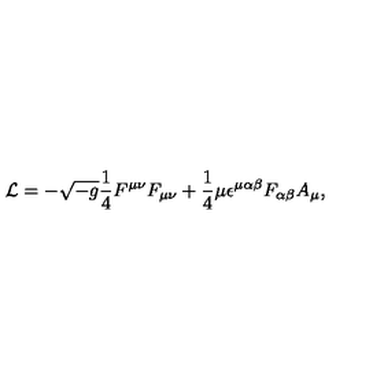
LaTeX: { \cal L } = - \sqrt { - g } { \frac { 1 } { 4 } } F ^ { \mu \nu } F _ { \mu \nu } + { \frac { 1 } { 4 } } \mu \epsilon ^ { \mu \alpha \beta } F _ { \alpha \beta } A _ { \mu } ,